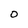
Character: O